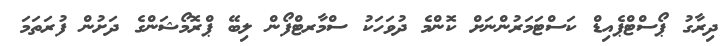
ދިރާގު ޕޯސްޓްޕެއިޑް ކަސްޓަމަރުންނަށް ކޮންމެ ދުވަހަކު ސްމާރޓްފޯން ލިބޭ ޕްރޮމޯޝަންގެ ދަށުން ފުރަތަމަ